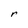
Character: r